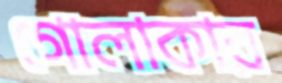
গোলাকার